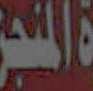
المنجز